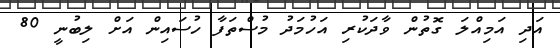
އަދި އަމިއްލަ ގޮތުން ވާދަކުރި އަހުމަދު މުސްތަފާ ހުސައިން އަށް ލިބުނީ 80